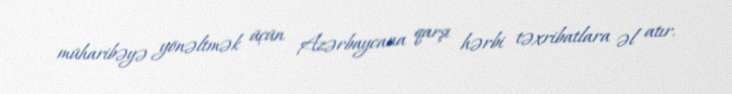
müharibəyə yönəltmək üçün Azərbaycana qarşı hərbi təxribatlara əl atır.